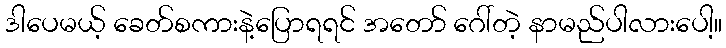
ဒါပေမယ့် ခေတ်စကားနဲ့ပြောရရင် အတော် ဂေါ်တဲ့ နာမည်ပါလားပေါ့။